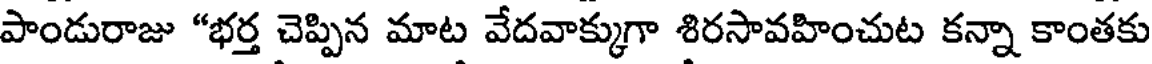
పాండురాజు "భర్త చెప్పిన మాట వేదవాక్కుగా శిరసావహించుట కన్నా కాంతకు